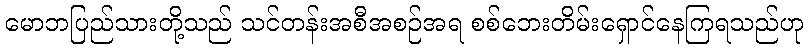
မောဘပြည်သားတို့သည် သင်တန်းအစီအစဉ်အရ စစ်ဘေးတိမ်းရှောင်နေကြရသည်ဟု